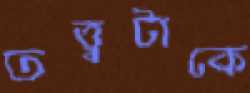
তত্ত্বটাকে